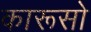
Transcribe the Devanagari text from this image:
कारूसो